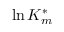
\ln K _ { m } ^ { * }